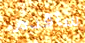
سأقدم